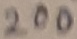
Text: 200